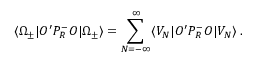
\langle \Omega _ { \pm } | { \cal O } ^ { \prime } P _ { R } ^ { - } { \cal O } | \Omega _ { \pm } \rangle = \sum _ { N = - \infty } ^ { \infty } \langle V _ { N } | { \cal O } ^ { \prime } P _ { R } ^ { - } { \cal O } | V _ { N } \rangle \; .